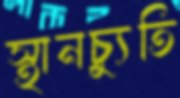
স্থানচ্যুতি